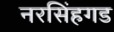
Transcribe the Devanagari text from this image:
नरसिंहगड